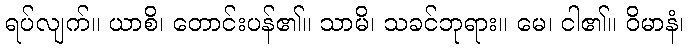
ရပ်လျက်။ ယာစိ၊ တောင်းပန်၏။ သာမိ၊ သခင်ဘုရား။ မေ၊ ငါ၏။ ဝိမာနံ၊